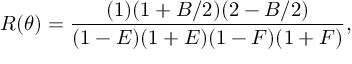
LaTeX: R ( \theta ) = \frac { ( 1 ) ( 1 + B / 2 ) ( 2 - B / 2 ) } { ( 1 - E ) ( 1 + E ) ( 1 - F ) ( 1 + F ) } ,